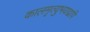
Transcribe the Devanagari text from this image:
कालमृत्युभयाद्वापि